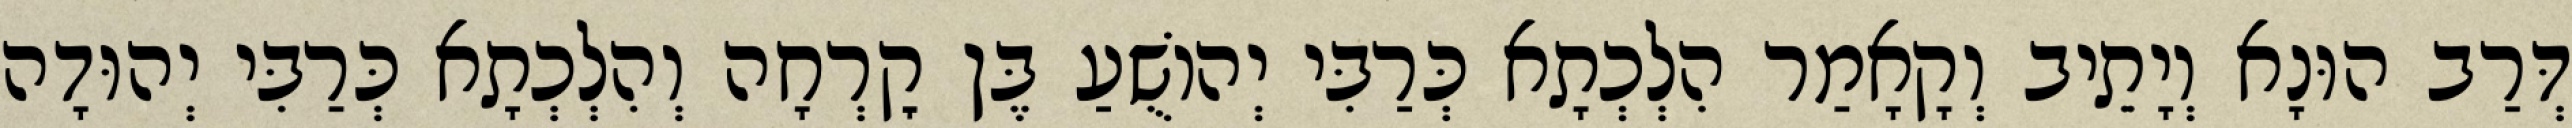
דְּרַב הוּנָא וְיָתֵיב וְקָאָמַר הִלְכְתָא כְּרַבִּי יְהוֹשֻׁעַ בֶּן קׇרְחָה וְהִלְכְתָא כְּרַבִּי יְהוּדָה